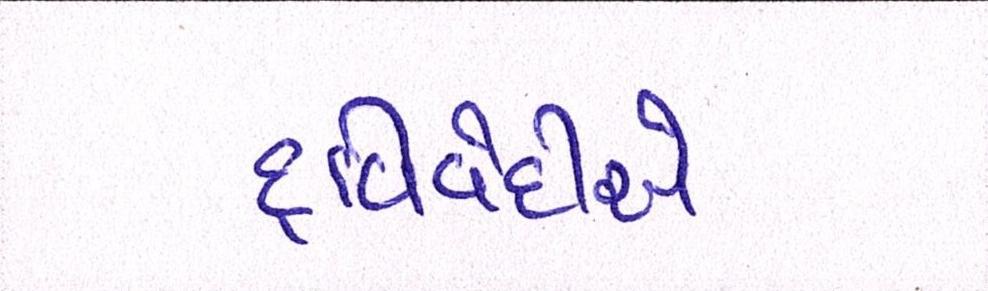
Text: દ્વિવેદીએ